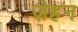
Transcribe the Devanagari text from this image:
ज़ेहन